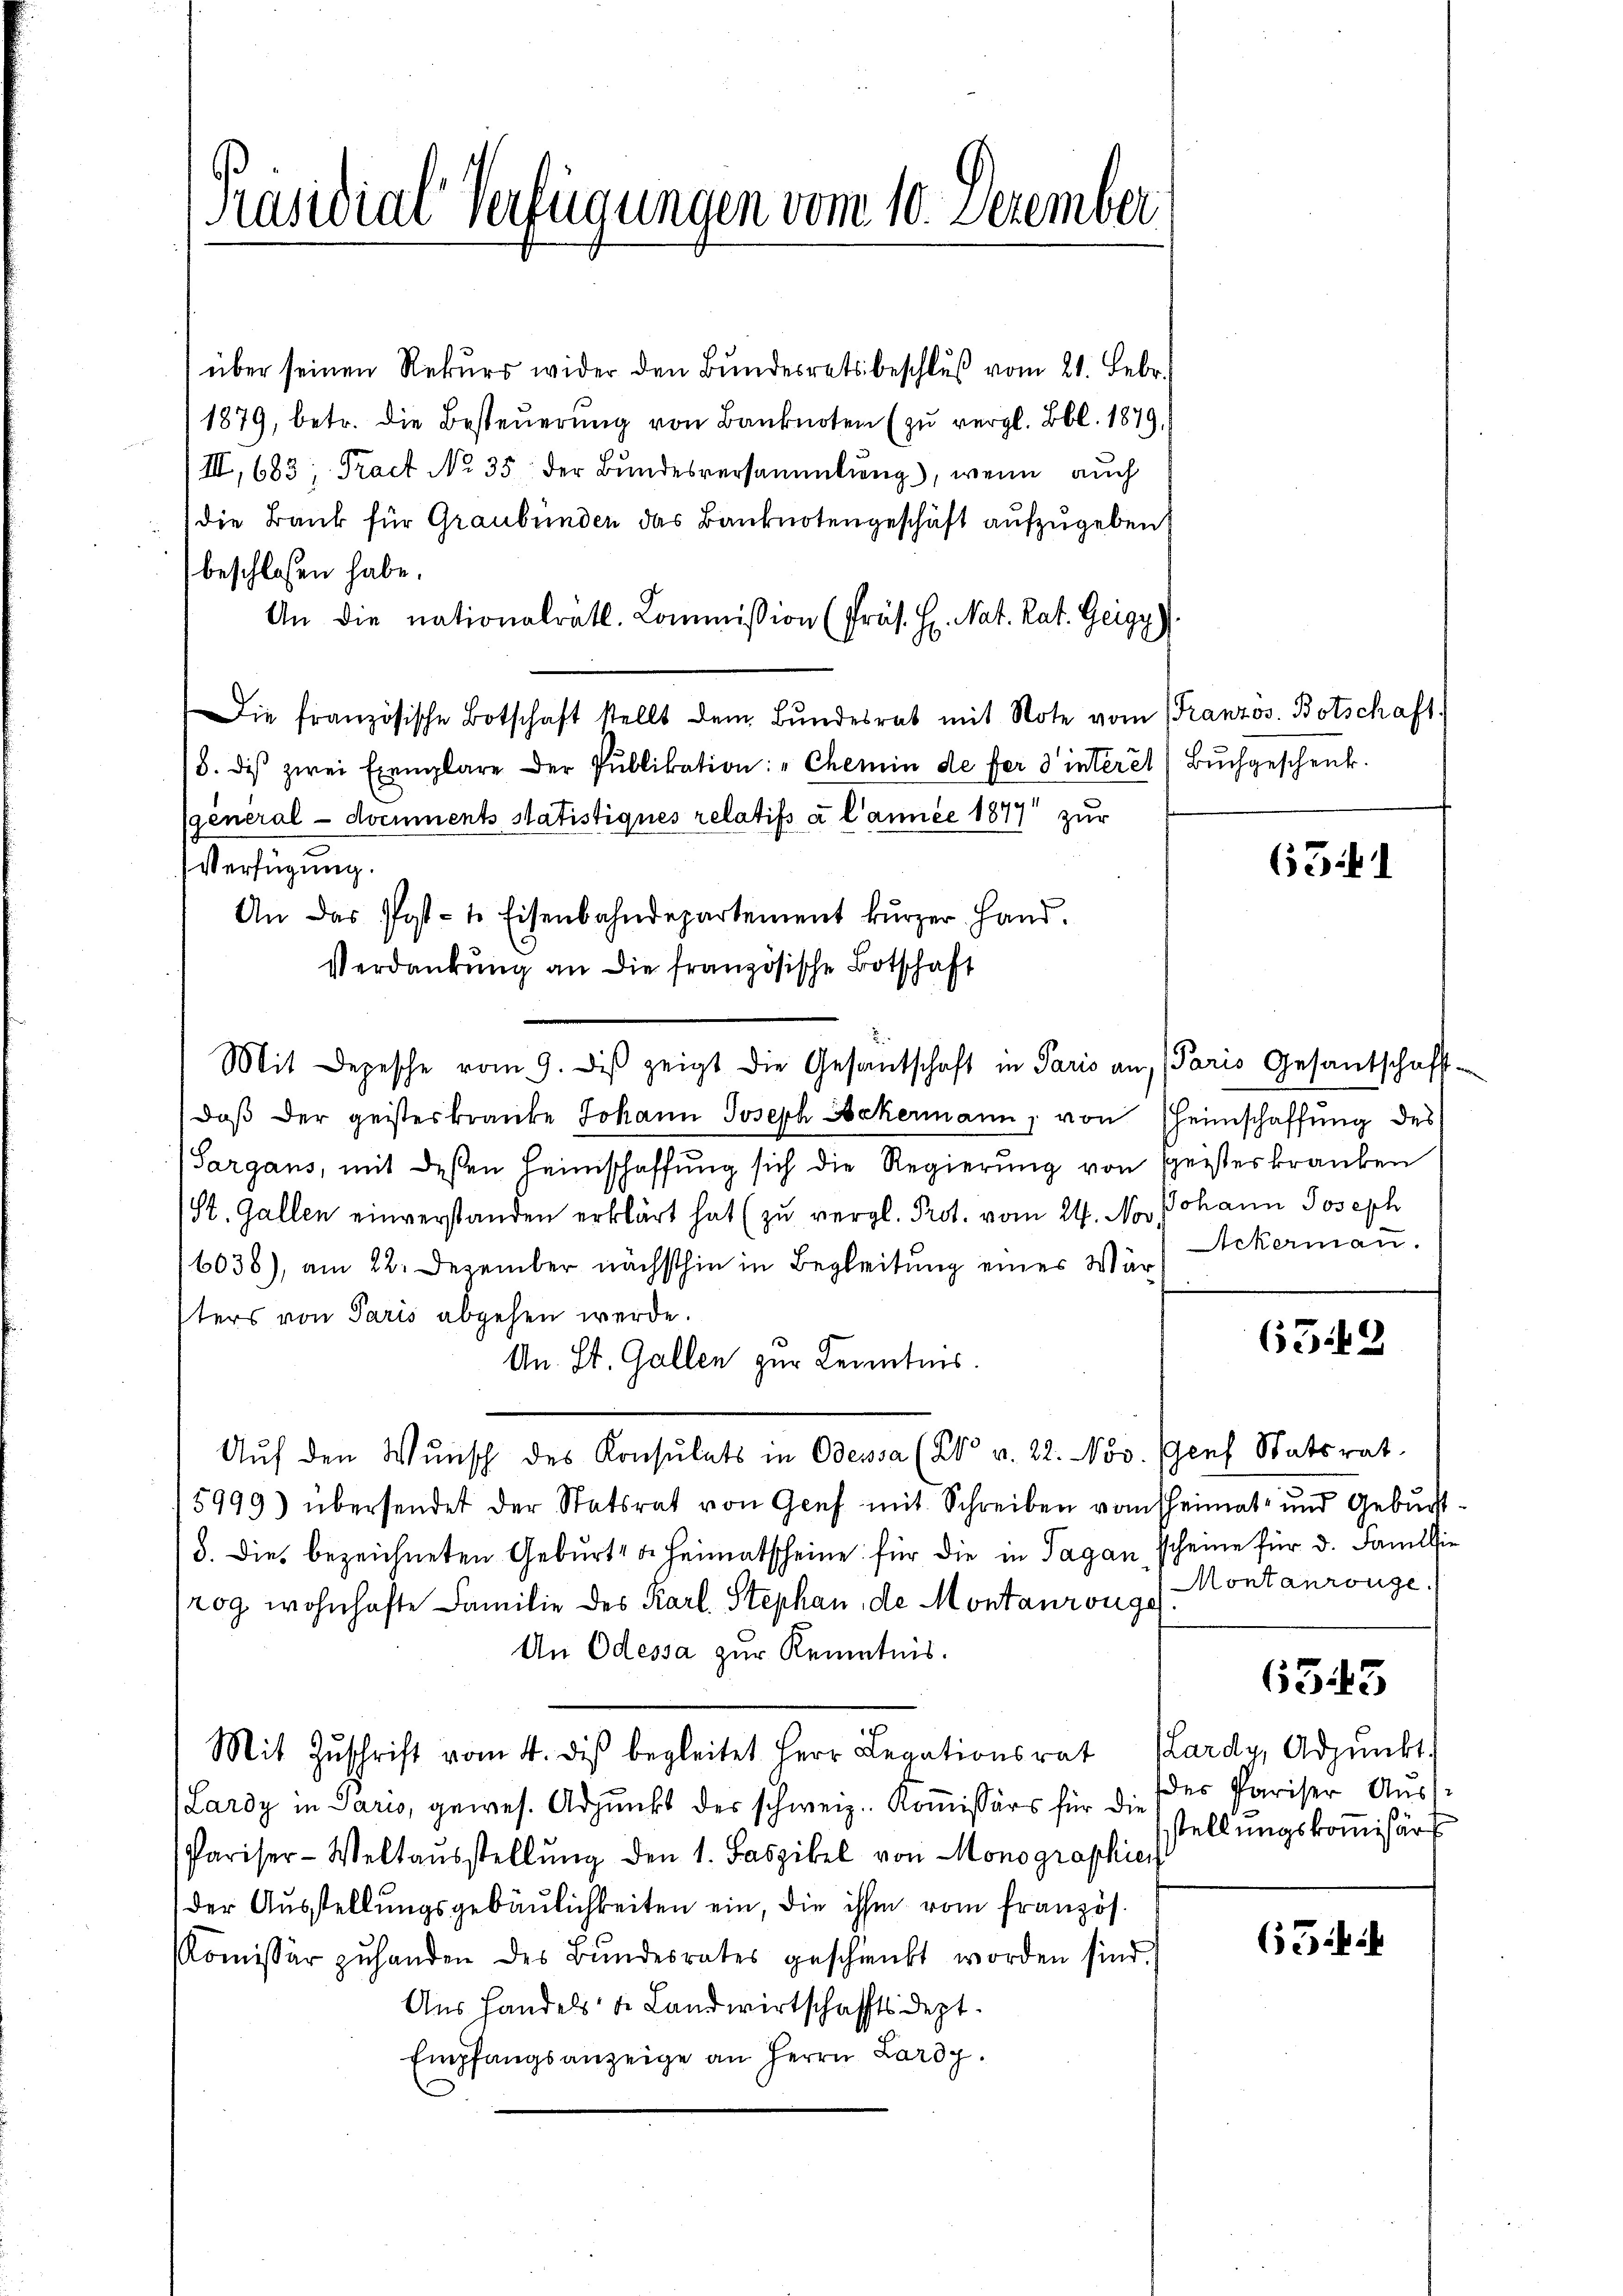
[Präsidial-Verfügungen vom 10. Dezember

über seinen Rekurs wider den Bundesratsbeschluß vom 21. Febr.
1879, betr. die Besteuerung von Banknoten (zu vergl. Bbl. 1879,
III, 683; Tract No. 35 der Bŭndesversammlung), wenn auch
die Bank für Graubünden das Banknotengeschäft aufzugeben
beschloßen habe.
An die nationalrätl. Commission (Präs. H. Nat. Rat. Geigy)
Die französische Botschaft stellt dem Bŭndesrat mit Note vom Franzos. Botschaft.
8. des zwei Exemplare der Pŭblikation: "Chemin de fer 3 interet Bŭchgeschenk.
(general - documents Statistiques relatifs à l’année 1877 zur
Verfügung.
An das Post- u. Eisenbahndepartement kŭrzer Hand.
Verdankung an die französische Botschaft
Mit Depesche vom 9. dβ zeigt die Gesantschaft in Paris an, (Paris Gesantschaff-
daβ der geisteskranke Johann Joseph Ackermann, von Heimschaffung des
(Sargans, mit dessen Heimschaffung sich die Regierung von Geisteskranken
St. Gallen einverstanden erklärt hat (zu vergl. Prot. vom 24. No. Johann Joseph
6036), am 22. Dezember nächsthin in Begleitung einer Wärsters von Paris abgehen werde.
An St. Gallen zur Kenntnis.
Aŭf den Wŭnsch des Konsulats in Odessa (20 v. 22. Nov. Genf Statsrat
15999) übersendet der Statsrat von Genf mit Schreiben vom heimat- und Geburst¬
/3. die bezeichneten Geburt u. Heimatscheine für die in Tagan scheine für d. Familie
rog wohnhafte Familie des Karl Stephan, de Montanrouge
An Odessa zur Kenntnis.
Mit Zŭschrift vom 4. des begleitet Herr Legationsrat Kardy, Adpŭnkt
Lardy in Paris, gewes. Adjunkt der schweiz. Koṁissärs für die des Pariser Auss
Pariser-Weltausstellŭng den 1. Faszikel von Monographien
der Ausstellungsgebäulichkeiten ein, die ihm vom französ.
Komissär zŭ handen des Bŭndesrates geschenkt worden sind.
Aus Handels de Landwirtschafftsdept.
Empfangsanzeige an Herrn Lardy.

6341

Ackermann.

6349

Montanrouge.

6343

stellungskomisir

65